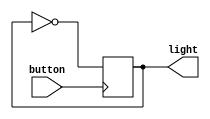
/* Generated by Yosys 0.16+41 (git sha1 29c0a5958, clang 11.0.1-2 -fPIC -Os) */

(* src = "examples/button.sv:1.1-13.10" *)
module button(button, light);
  (* src = "examples/button.sv:7.3-9.6" *)
  wire _0_;
  (* src = "examples/button.sv:2.9-2.15" *)
  input button;
  wire button;
  (* src = "examples/button.sv:3.10-3.15" *)
  output light;
  wire light;
  (* src = "examples/button.sv:5.7-5.16" *)
  reg light_reg;
  assign _0_ = ~light_reg;
  (* \always_ff  = 32'd1 *)
  (* src = "examples/button.sv:7.3-9.6" *)
  always @(posedge button)
    light_reg <= _0_;
  assign light = light_reg;
endmodule